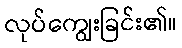
လုပ်ကျွေးခြင်း၏။